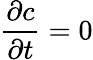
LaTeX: \frac{\partial c}{\partial t}=0